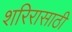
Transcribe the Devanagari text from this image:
शरिरासाठी